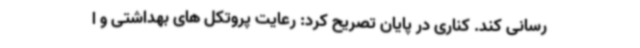
رسانی کند. کناری در پایان تصریح کرد: رعایت پروتکل های بهداشتی و ا